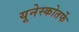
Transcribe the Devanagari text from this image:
यूनेस्कोतर्फे